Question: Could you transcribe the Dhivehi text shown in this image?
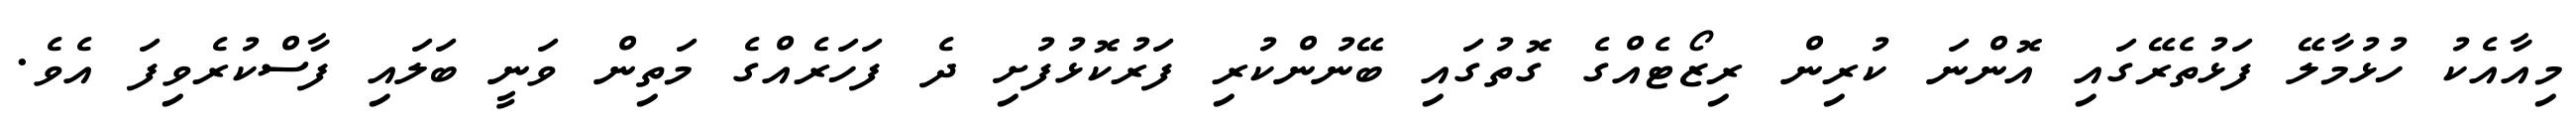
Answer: މިއާއެކު ހުޅުމާލޭ ފަޅުތެރޭގައި އޮންނަ ކުރިން ރިޒޯޓެއްގެ ގޮތުގައި ބޭނުންކުރި ފަރުކޮޅުފުށި ދެ ފަހަރެއްގެ މަތިން ވަނީ ބަލައި ފާސްކުރެވިފަ އެވެ.